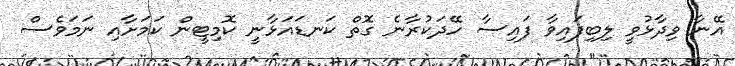
އޭނާ ވިދާޅުވީ ލިބިފައިވާ ފައިސާ ހޭދަކުރާނެ ގޮތް ކަނޑައަޅާނީ ކޮމިޓީން ކަމަށާއި ނަމަވެސް